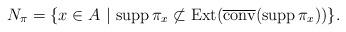
LaTeX: \begin{align*} N_\pi =\{ x \in A \ | \ {\rm supp \, } \pi_x \not \subset {\rm Ext} ( \overline{{\rm conv}} ({\rm supp \, } \pi_x ))\} . \end{align*}